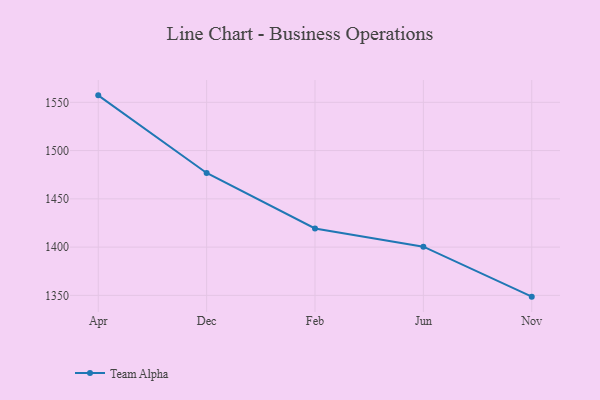
{"axis": {"x": "Month", "y": "Conversion Rate (%)"}, "legend": ["Team Alpha"], "data": [{"x": "Apr", "y": 1557.2, "type": "Team Alpha"}, {"x": "Dec", "y": 1476.8, "type": "Team Alpha"}, {"x": "Feb", "y": 1419.3, "type": "Team Alpha"}, {"x": "Jun", "y": 1400.5, "type": "Team Alpha"}, {"x": "Nov", "y": 1348.7, "type": "Team Alpha"}]}